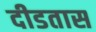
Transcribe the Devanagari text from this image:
दीडतास